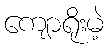
ကျောရိုးမဲ့